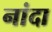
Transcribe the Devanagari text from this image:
नांदा